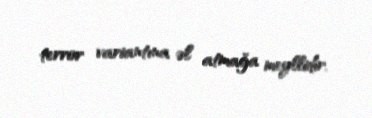
terror variantına əl atmağa meyllidir.